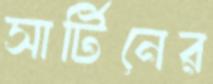
সার্টিনের